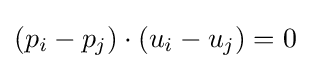
(p_{i}-p_{j})\cdot (u_{i}-u_{j})=0